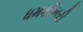
ધમકીભરી